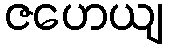
ဇဟေယျ